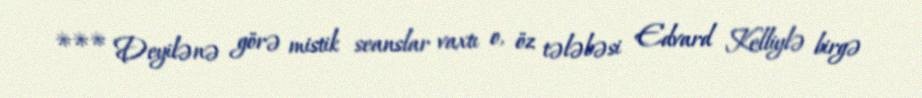
*** Deyilənə görə mistik seanslar vaxtı o, öz tələbəsi Edvard Kelliylə birgə